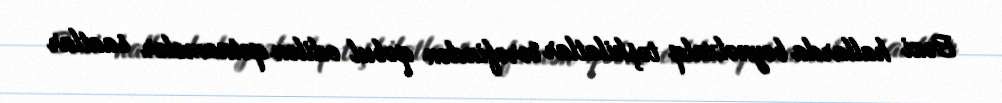
Bəzi hallarda beynəlxalq təşkilatlar tərəfindən qəbul edilən qətnamələr saatlar